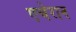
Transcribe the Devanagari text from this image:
एचेरान